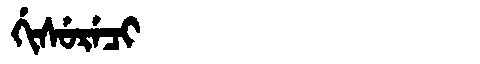
Manchu: ᡤᡳᠰᡠᡵᡝᠴᡳ
Romanization: GISURECI